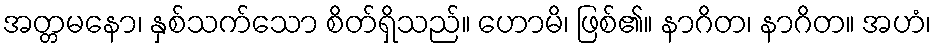
အတ္တမနော၊ နှစ်သက်သော စိတ်ရှိသည်။ ဟောမိ၊ ဖြစ်၏။ နာဂိတ၊ နာဂိတ။ အဟံ၊